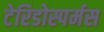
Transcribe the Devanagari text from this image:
टेरिडोस्पर्मस